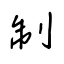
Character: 制